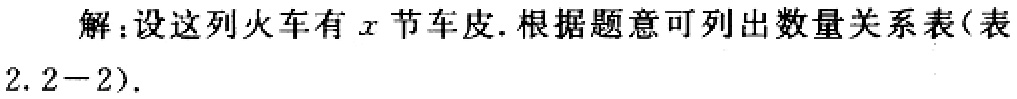
解：设这列火车有\(x\)节车皮.根据题意可列出数量关系表(表\(2.2 - 2\)).